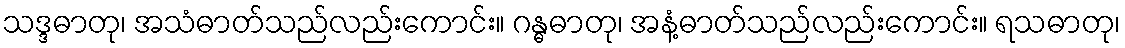
သဒ္ဒဓာတု၊ အသံဓာတ်သည်လည်းကောင်း။ ဂန္ဓဓာတု၊ အနံ့ဓာတ်သည်လည်းကောင်း။ ရသဓာတု၊